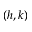
( h , k )